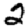
Digit: 2